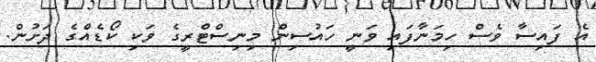
އެ ފައިސާ ވެސް ހިމަނާފައި ވަނީ ހައުސިން މިނިސްޓްރީގެ ވަކި ކޯޑެއެްގެ ދަށުން.